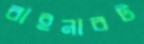
বাইনারট